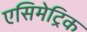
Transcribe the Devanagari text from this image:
एसिमेट्रिक